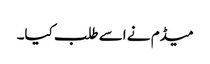
میڈم نے اسے طلب کیا۔